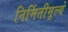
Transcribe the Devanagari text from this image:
निर्मितीमूल्ये